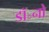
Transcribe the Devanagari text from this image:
डॉ॰नो